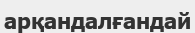
арқандалғандай